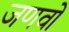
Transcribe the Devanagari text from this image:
जणवों